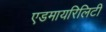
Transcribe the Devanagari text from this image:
एडमायरिलिटी